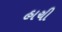
હાચી